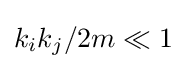
k_{i}k_{j}/2m\ll 1